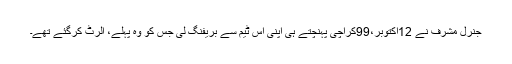
جنرل مشرف نے 12اکتوبر،99کراچی پہنچتے ہی اپنی اس ٹیم سے بریفنگ لی جس کو وہ پہلے، الرٹ کرگئے تھے۔